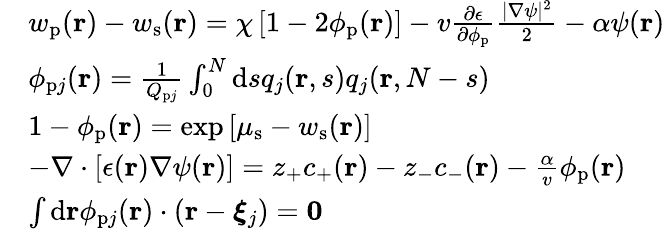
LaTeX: \begin{array}{rl}&{w_{\mathrm{p}}(\mathbf{r})-w_{\mathrm{s}}(\mathbf{r})=\chi\left[1-2\phi_{\mathrm{p}}(\mathbf{r})\right]-v\frac{\partial\epsilon}{\partial\phi_{\mathrm{p}}}\frac{|\nabla\psi|^{2}}{2}-\alpha\psi(\mathbf{r})}\\ &{\phi_{\mathrm{p}j}(\mathbf{r})=\frac{1}{Q_{\mathrm{p}j}}\int_{0}^{N}\mathrm{d}sq_{j}(\mathbf{r},s)q_{j}(\mathbf{r},N-s)}\\ &{1-\phi_{\mathrm{p}}(\mathbf{r})=\exp\left[\mu_{\mathrm{s}}-w_{\mathrm{s}}(\mathbf{r})\right]}\\ &{-\nabla\cdot\left[\epsilon(\mathbf{r})\nabla\psi(\mathbf{r})\right]=z_{+}c_{+}(\mathbf{r})-z_{-}c_{-}(\mathbf{r})-\frac{\alpha}{v}\phi_{\mathrm{p}}(\mathbf{r})}\\ &{{\int\mathrm{d}\mathbf{r}\phi_{\mathrm{p}j}(\mathbf{r})\cdot(\mathbf{r}-\boldsymbol{\xi}_{j})}=\mathbf{0}}\end{array}